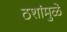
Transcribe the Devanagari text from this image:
ठशांमुळे